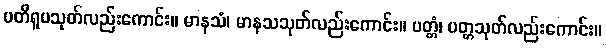
ပတိရူပသုတ်လည်းကောင်း။ မာနသံ၊ မာနသသုတ်လည်းကောင်း။ ပတ္တံ၊ ပတ္တသုတ်လည်းကောင်း။